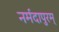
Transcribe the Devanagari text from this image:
नर्मदापुरम्